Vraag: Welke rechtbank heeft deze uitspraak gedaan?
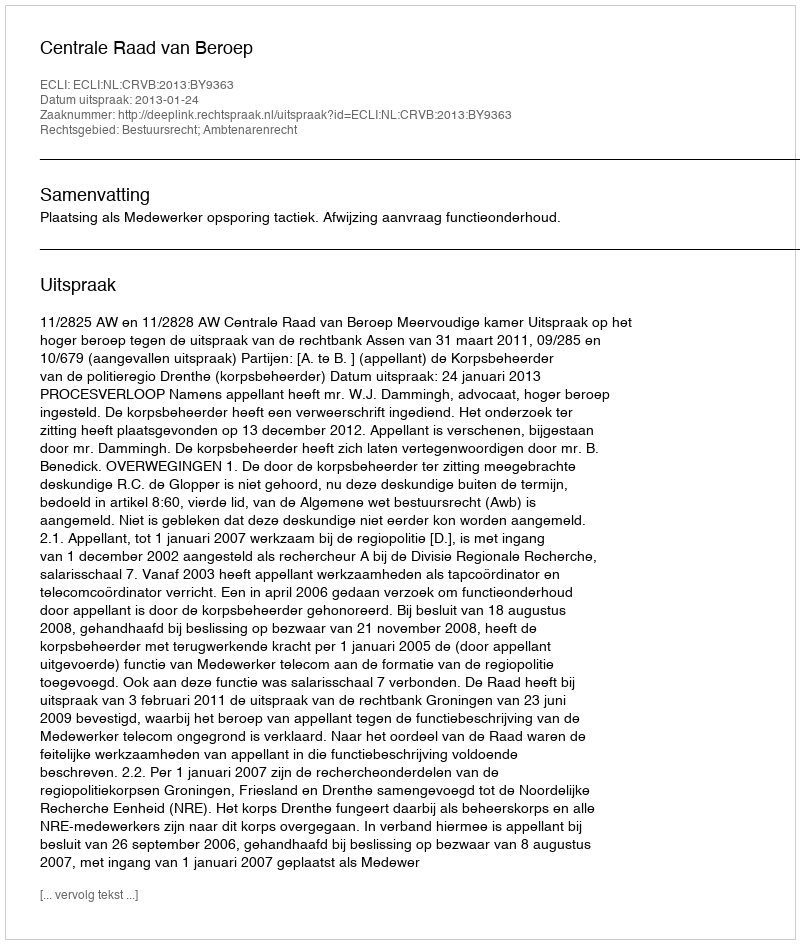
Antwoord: Centrale Raad van Beroep